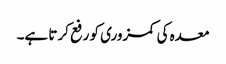
معدہ کی کمزوری کو رفع کرتا ہے۔